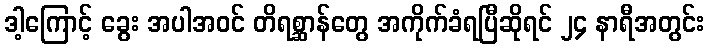
ဒါ့ကြောင့် ခွေး အပါအဝင် တိရစ္ဆာန်တွေ အကိုက်ခံရပြီဆိုရင် ၂၄ နာရီအတွင်း